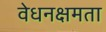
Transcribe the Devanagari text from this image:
वेधनक्षमता